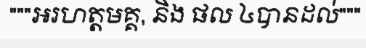
"""អរហត្តមគ្គ, និង ផល ៤បានដល់"""